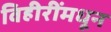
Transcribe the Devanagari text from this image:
विहीरींमधून